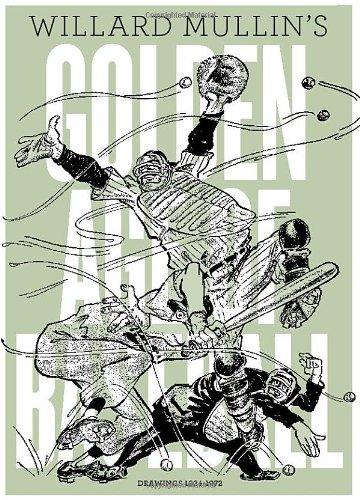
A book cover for Willard Mullin's Golden Age Of Baseball Drawings 1934-1972; Willard Mullin; Comics & Graphic Novels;